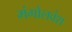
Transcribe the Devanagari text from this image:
मंगोलवंश